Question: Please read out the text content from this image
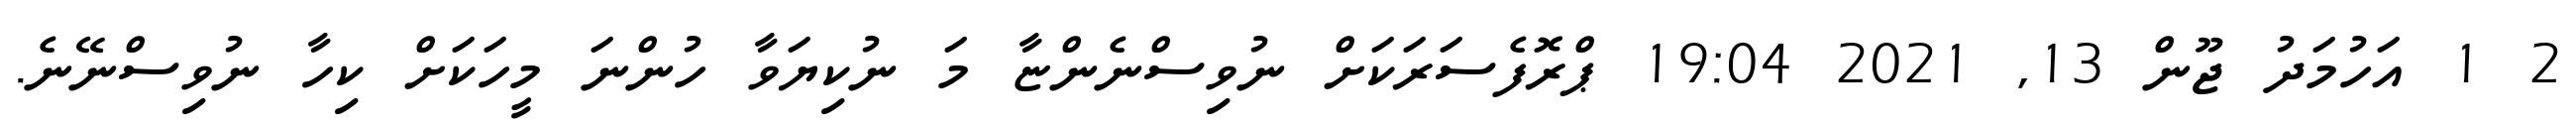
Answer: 2 1 އަހުމަދު ޖޫން 13, 2021 19:04 ޕްރޮފެސަރަކަށް ނުވިސްނެންޏާ މަ ނުކިޔަވާ ހުންނަ މީހަކަށް ކިހާ ނުވިސްނޭނެ.